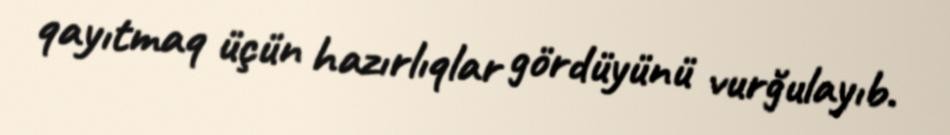
qayıtmaq üçün hazırlıqlar gördüyünü vurğulayıb.